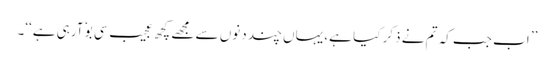
’’ اب جب کہ تم نے ذکر کیا ہے، یہاں چند دنوں سے مجھے کچھ عجیب سی بوٗ آرہی ہے‘‘۔